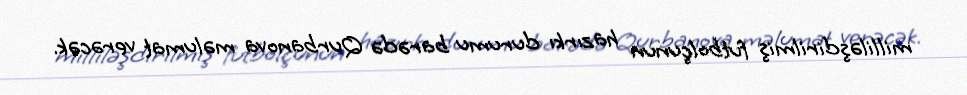
milliləşdirilmiş futbolçunun hazırkı durumu barədə Qurbanova məlumat verəcək.